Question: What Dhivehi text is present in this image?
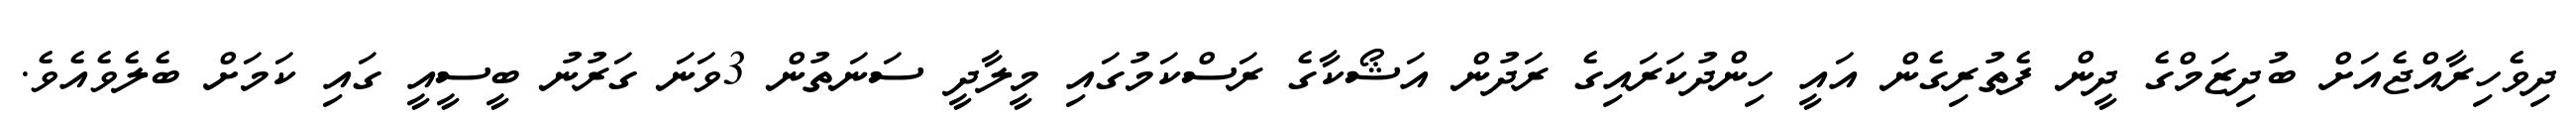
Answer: ދިވެހިރާއްޖެއަށް ބުދިޒަމްގެ ދީން ފެތުރިގެން އައީ ހިންދުކަރައިގެ ރަދުން އަޝޯކާގެ ރަސްކަމުގައި މީލާދީ ސަނަތުން 3ވަނަ ގަރުނު ބީސީއީ ގައި ކަމަށް ބެލެވެއެވެ.